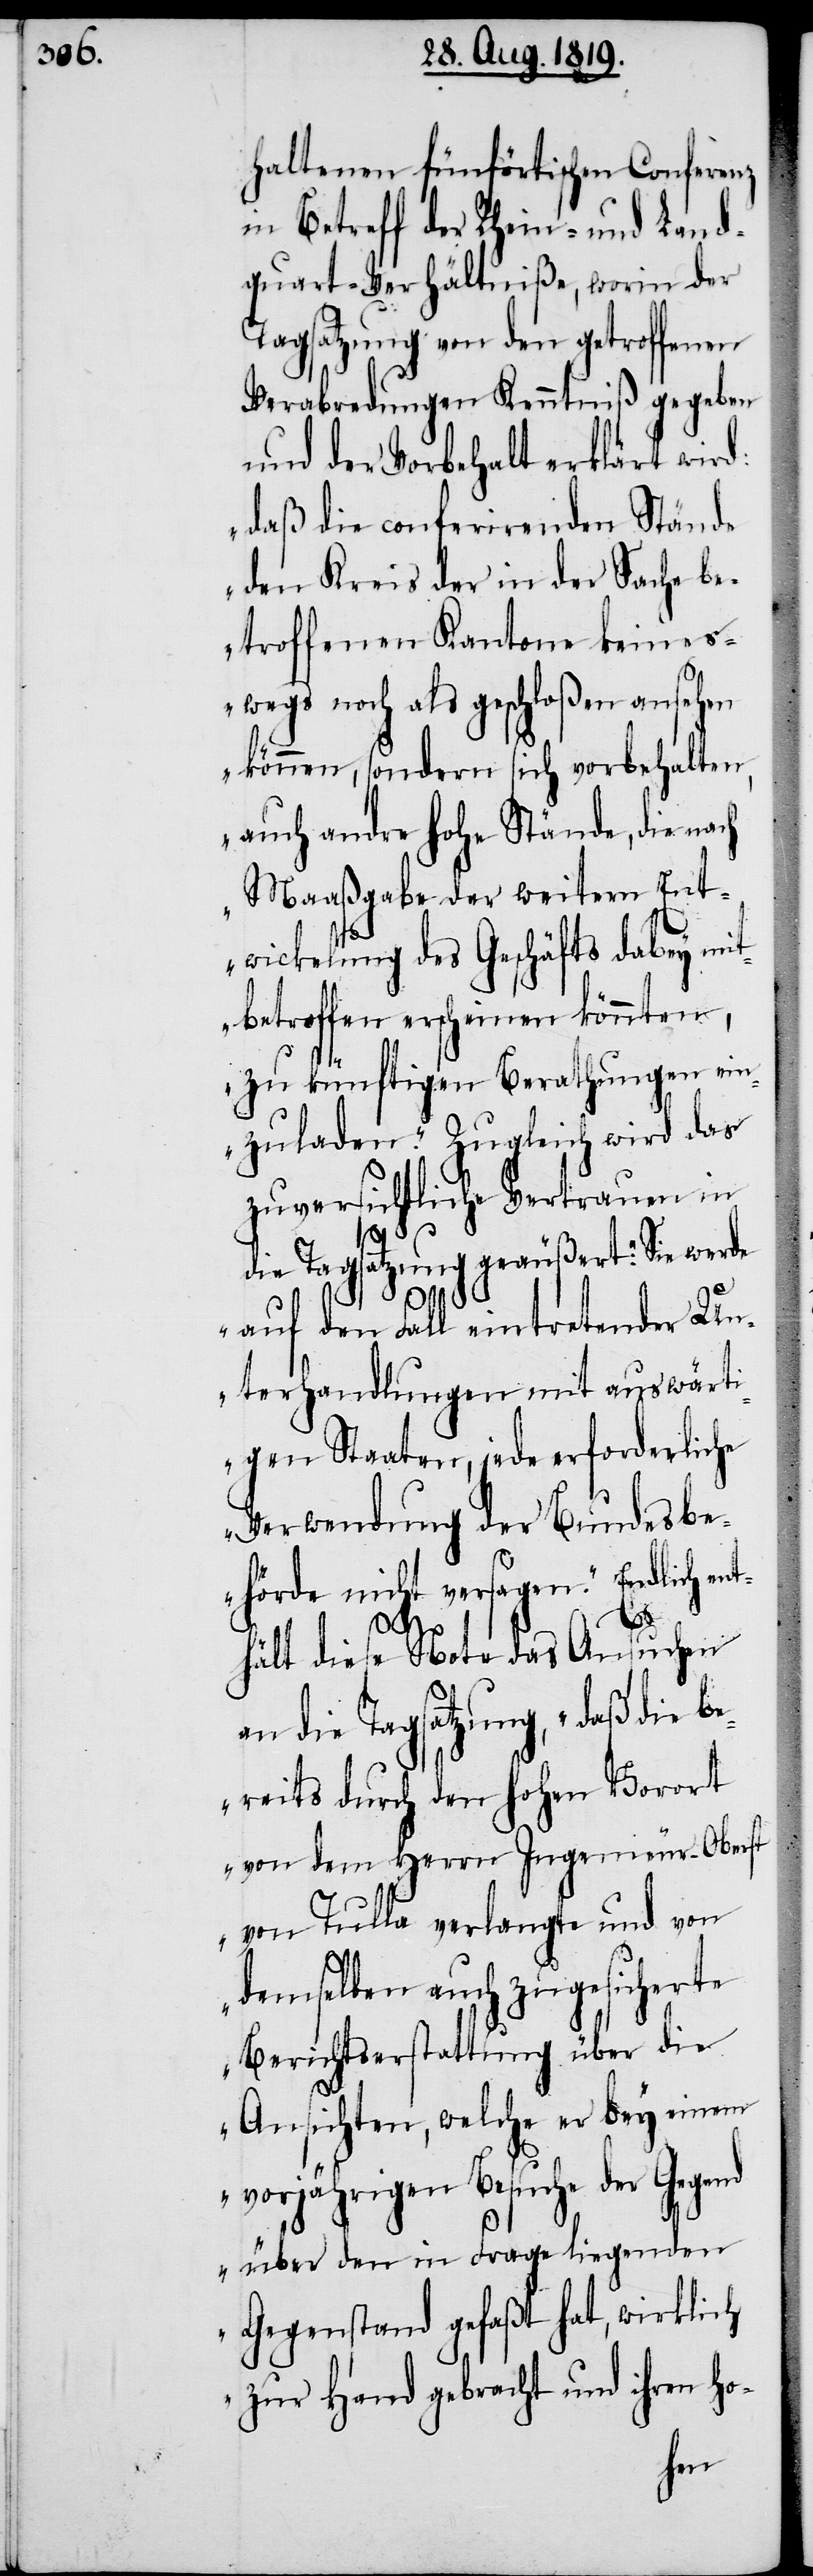
haltenen fünförtischen Conferenz
in Betreff der Rhein- und Land¬
quart-Verhältniße, worin der
Tagsatzung von den getroffenen
Verabredungen Kenntniß gegeben
und der Vorbehalt erklärt wird:
„daß die conferirenden Stände
den Kreis der in der Sache be¬
troffenen Kantone keines¬
wegs noch als geschloßen ansehen
können, sondern sich vorbehalten,
auch andre hohe Stände, die nach
Maaßgabe der weitern Ent¬
wickelung des Geschäfts dabey mit
betroffen erscheinen könnten,
zu künftigen Berathungen ein¬
zuladen.“ Zugleich wird das
zuversichtliche Vertrauen in
die Tagsatzung geäußert: „Sie werde
auf den Fall eintretender Un¬
terhandlungen mit auswärt¬
igen Staaten, jede erforderliche
Verwendung der Bundesbe¬
hörde nicht versagen.“ Endlich en¬
thält diese Note das Ansuchen
an die Tagsatzung, „daß die b¬
ereits durch den hohen Vorort
von dem Herrn Ingenieur-Oberst
von Tulla verlangte und von
demselben auch zugesichterte
Berichtserstattung über die
Ansichten, welche er bey einem
vorjährigen Besuche der Gegend
über den in Frage liegenden
Gegenstnad gefaßt hat, wirklich
zur Hand gebracht und ihren ho-